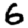
Digit: 6